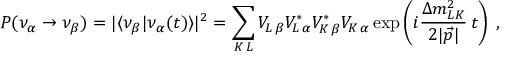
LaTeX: P ( \nu _ { \alpha } \rightarrow \nu _ { \beta } ) = | \langle \nu _ { \beta } | \nu _ { \alpha } ( t ) \rangle | ^ { 2 } = \sum _ { K \, L } V _ { L \, \beta } V _ { L \, \alpha } ^ { * } V _ { K \, \beta } ^ { * } V _ { K \, \alpha } \exp \left( i \frac { \Delta m _ { L K } ^ { 2 } } { 2 | \vec { p } | } \, t \right) \; ,